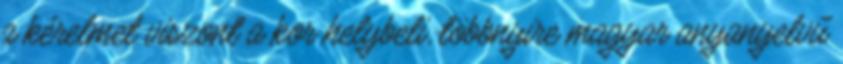
a kérelmet viszont a kor helybeli, többnyire magyar anyanyelvű